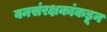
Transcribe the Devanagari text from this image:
वनसंरक्षकांकडून